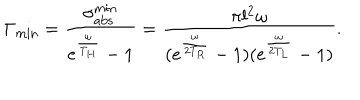
\Gamma _ { \mathrm { m i n } } = { \frac { \sigma _ { \mathrm { a b s } } ^ { \mathrm { m i n } } } { e ^ { \frac { \omega } { T _ { H } } } - 1 } } = { \frac { \pi l ^ { 2 } \omega } { ( e ^ { \frac { \omega } { 2 T _ { R } } } - 1 ) ( e ^ { \frac { \omega } { 2 T _ { L } } } - 1 ) } } .